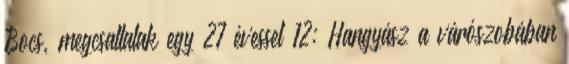
Bocs, megcsaltalak egy 27 évessel 12: Hangyász a várószobában